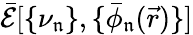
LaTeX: \mathcal{\bar{E}}[\{ \nu_{\mathfrak{n}}\} ,\{ \bar{\phi}_{\mathfrak{n}}(\vec{r})\} ]